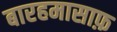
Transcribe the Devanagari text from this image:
बारहमासाफ़